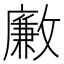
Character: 𣀊